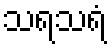
သရသရံ